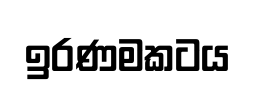
ඉරණමකටය